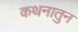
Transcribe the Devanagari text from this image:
कथनातुन